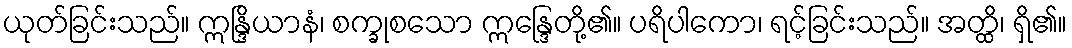
ယုတ်ခြင်းသည်။ ဣန္ဒြိယာနံ၊ စက္ခုစသော ဣန္ဒြေတို့၏။ ပရိပါကော၊ ရင့်ခြင်းသည်။ အတ္ထိ၊ ရှိ၏။